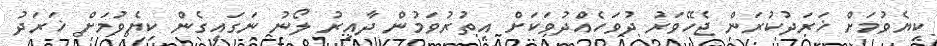
ކިޔެވުމަށް ޚަރަދުކުރަން ޖެހޭވަރު ދުވަހެއްދުވަކަށް އިތުރުވަމުން ދާއިރު ލޯނު ނަގައިގެން ކިޔެވުމަށް ޚަރަދު